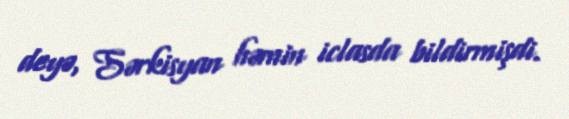
deyə, Sərkisyan həmin iclasda bildirmişdi.